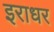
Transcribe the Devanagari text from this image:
इराधर